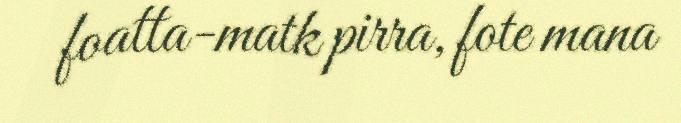
foatta-matk pirra, fote mana